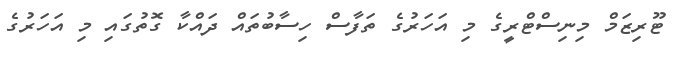
ޓޫރިޒަމް މިނިސްޓްރީގެ މި އަހަރުގެ ތަފާސް ހިސާބުތައް ދައްކާ ގޮތުގައި މި އަހަރުގެ